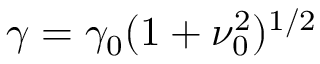
\gamma = \gamma _ { 0 } ( 1 + \nu _ { 0 } ^ { 2 } ) ^ { 1 / 2 }